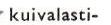
kuivalasti-